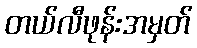
တယ်လီဖုန်းအမှတ်